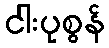
ငါးပုစွန်